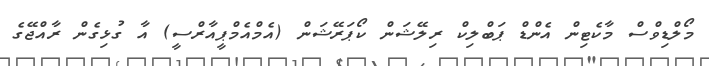
މޯލްޑިވްސް މާކެޓިން އެންޑް ޕަބްލިކް ރިލޭޝަން ކޯޕަރޭޝަން (އެމްއެމްޕީއާރްސީ) އާ ގުޅިގެން ރާއްޖޭގެ